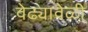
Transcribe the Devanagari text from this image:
वेढ्यावेळी